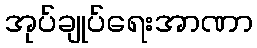
အုပ်ချုပ်ရေးအာဏာ